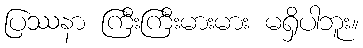
ပြဿနာ ကြီးကြီးမားမား မရှိပါဘူး။